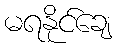
မရနိုင်ချေ